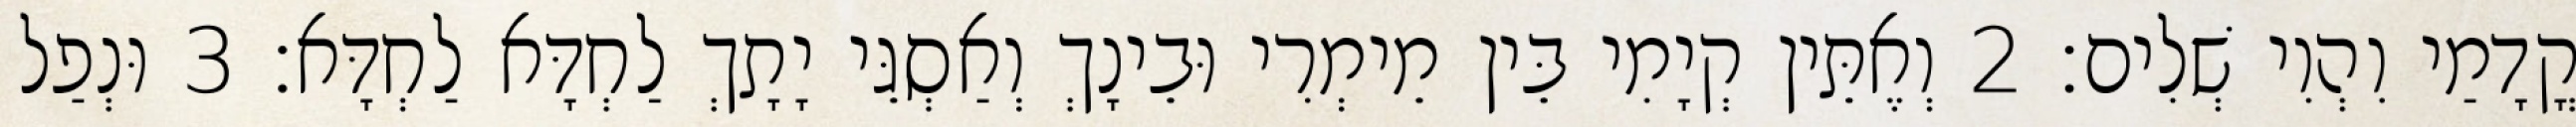
קֳדָמַי וִהְוִי שְׁלִים׃ 2 וְאֶתֵּין קְיָמִי בֵּין מֵימְרִי וּבֵינָךְ וְאַסְגֵּי יָתָךְ לַחְדָּא לַחְדָּא׃ 3 וּנְפַל